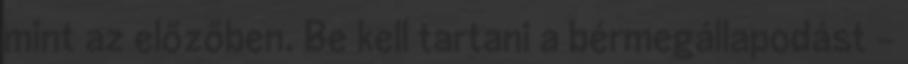
mint az előzőben. Be kell tartani a bérmegállapodást -